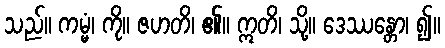
သည်။ ကမ္မံ၊ ကို။ ဇဟတိ၊ ၏။ ဣတိ၊ သို့။ ဒေဿန္တော၊ ၍။